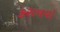
કરાવવો